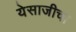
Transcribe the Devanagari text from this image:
येसाजीचा